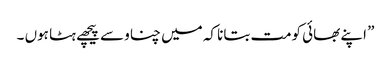
” اپنے بھائی کومت بتانا کہ میں چناو سے پیچھے ہٹا ہوں ۔